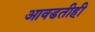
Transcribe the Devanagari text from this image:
आवडतीही